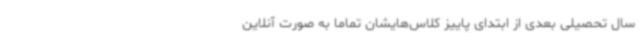
سال تحصیلی بعدی از ابتدای پاییز کلاس‌هایشان تماما به صورت آنلاین